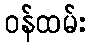
ဝန်ထမ်း